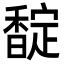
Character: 𮩪